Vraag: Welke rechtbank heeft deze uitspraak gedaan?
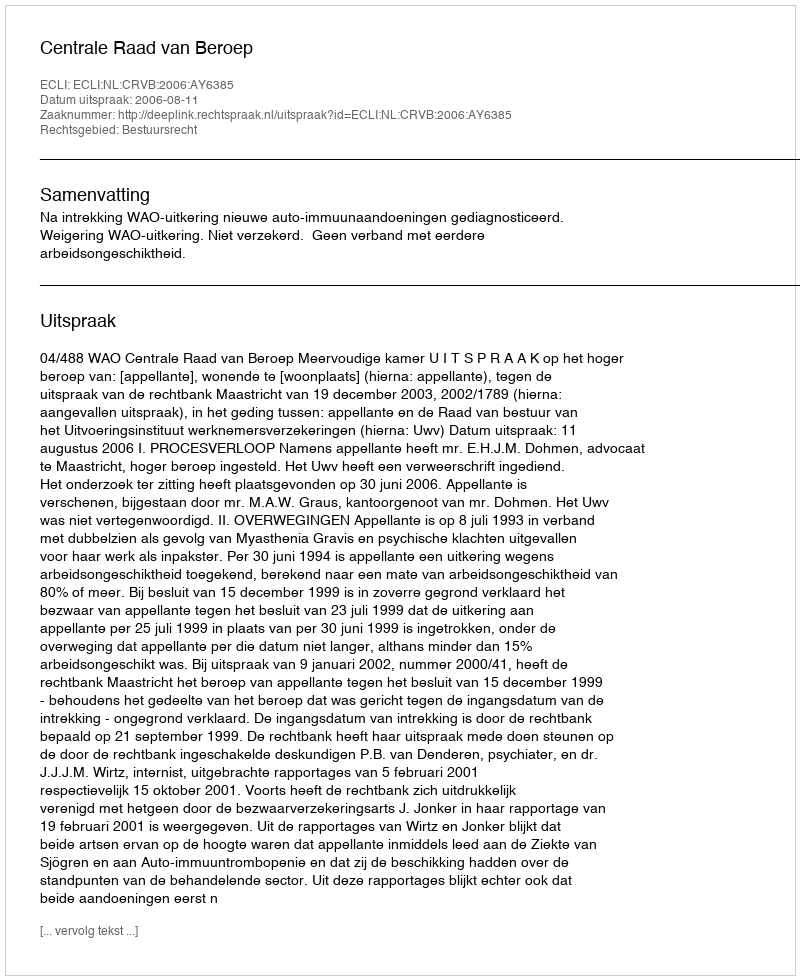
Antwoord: Centrale Raad van Beroep